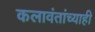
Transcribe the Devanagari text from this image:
कलावंतांच्याही